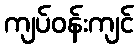
ကျပ်ဝန်းကျင်